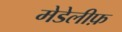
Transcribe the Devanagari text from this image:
मेडेलीफ़